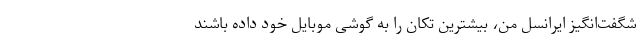
شگفت‌انگیز ایرانسل من، بیشترین تکان را به گوشی‌ موبایل خود داده باشند